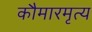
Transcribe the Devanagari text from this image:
कौमारमृत्य